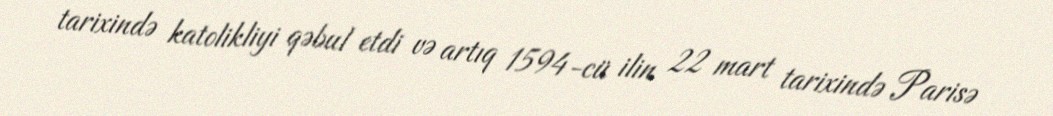
tarixində katolikliyi qəbul etdi və artıq 1594-cü ilin 22 mart tarixində Parisə